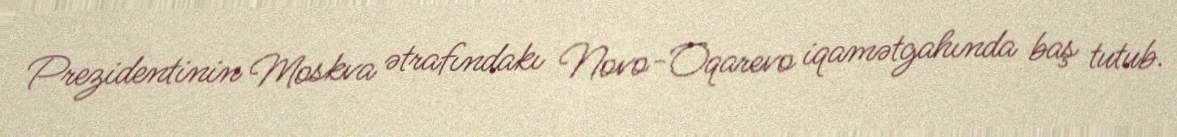
Prezidentinin Moskva ətrafındakı Novo-Oqarevo iqamətgahında baş tutub.